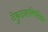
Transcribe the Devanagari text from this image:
टेह्युट्झक्विट्झिन